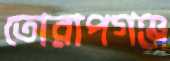
তোরাপগঞ্জ